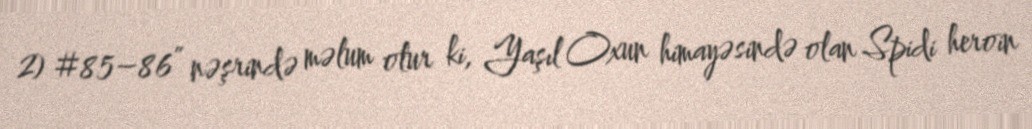
2) #85–86” nəşrində məlum olur ki, Yaşıl Oxun himayəsində olan Spidi heroin